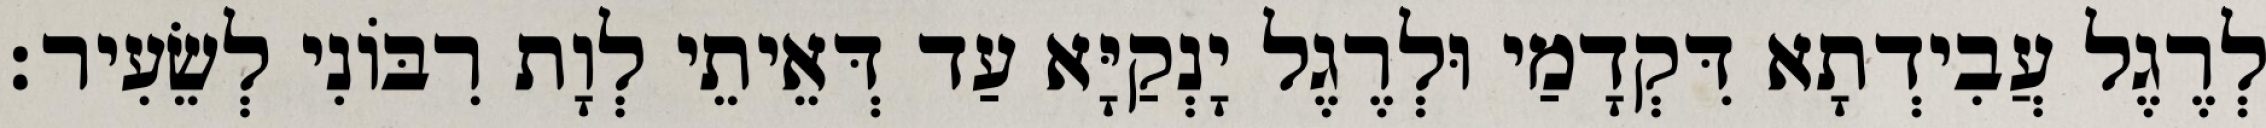
לְרֶגֶל עֲבִידְתָא דִּקְדָמַי וּלְרֶגֶל יָנְקַיָּא עַד דְּאֵיתֵי לְוָת רִבּוֹנִי לְשֵׂעִיר׃